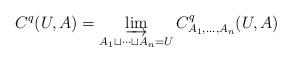
LaTeX: \begin{align*} C^q(U,A)=\varinjlim_{A_1\sqcup\cdots \sqcup A_n=U}C^q_{A_1,\ldots,A_n}(U,A) \end{align*}